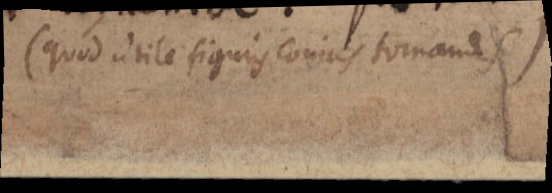
(quod utile figuris conicis tornandis)